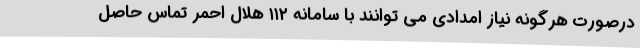
درصورت هرگونه نیاز امدادی می توانند با سامانه ۱۱۲ هلال احمر تماس حاصل